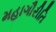
મહાગૌરીતિ